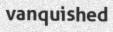
vanquished